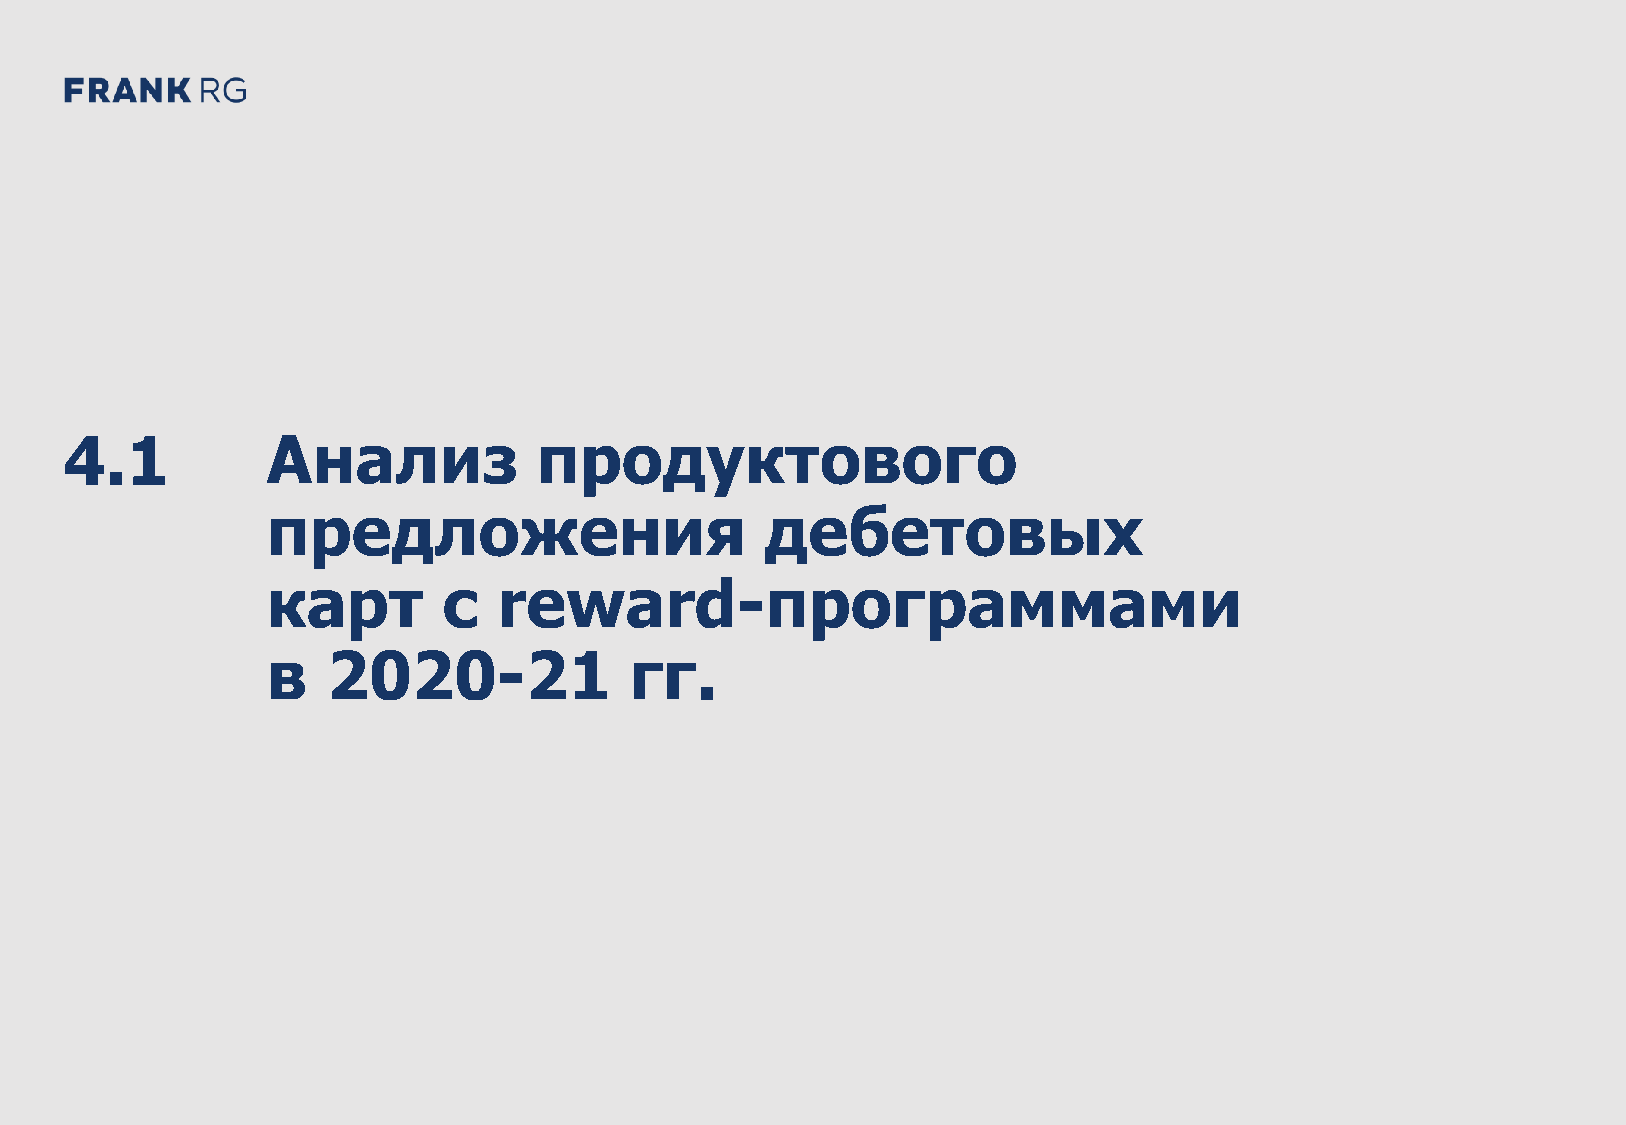
DEMO: Банковские дебетовые карты в России 2021 48
 4.1           Анализ            продуктового
 предложения                      дебетовых
 карт       с   reward-программами
 в   2020-21             гг.
 O
 M
 E
 D
 1
 2
 C
 D
 G
 R
 F